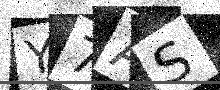
Text: Y7AS